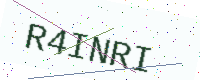
Text: R4INRI